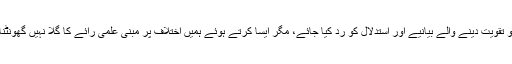
داعش کو تقویت دینے والے بیانیے اور استدلال کو رد کیا جائے، مگر ایسا کرتے ہوئے ہمیں اختلاف پر مبنی علمی رائے کا گلا نہیں گھونٹنا چاہیے۔